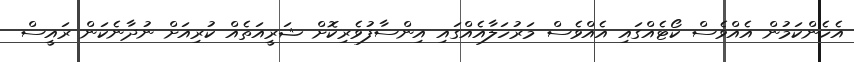
އެހެންކަމުން އެއްވެސް ކޯޓެއްގައި އެއްވެސް މަރުހަލާއެއްގައި އިންސާފުވެރިކޮށް ޝަރީއަތެއް ކުރިއަށް ނުދާނެކަން ރައީސް